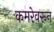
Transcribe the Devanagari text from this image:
कमरेवरून